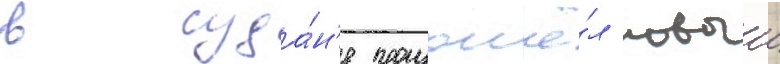
в суда́н'е произошё́л новыи